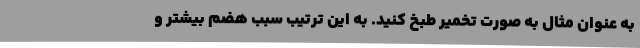
به عنوان مثال به صورت تخمیر طبخ کنید. به این ترتیب سبب هضم بیشتر و